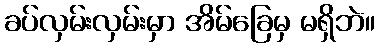
ခပ်လှမ်းလှမ်းမှာ အိမ်ခြေမှ မရှိဘဲ။